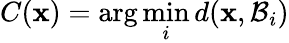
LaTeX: C(\mathbf{x})=\arg\operatorname*{min}_{i}d(\mathbf{x},\mathcal{B}_{i})